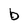
Character: b